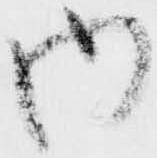
内